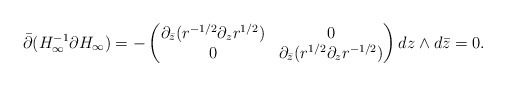
\begin{align*}\bar \partial (H_{\infty}^{-1} \partial H_\infty)= - \begin{pmatrix} \partial_{\bar z} (r^{-1/2} \partial_z r^{1/2}) & 0\\ 0 & \partial_{\bar z} (r^{1/2} \partial_z r^{-1/2}) \end{pmatrix} d z \wedge d \bar z = 0.\end{align*}